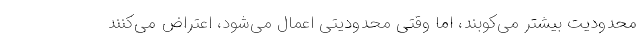
محدودیت بیشتر می‌کوبند، اما وقتی محدودیتی اعمال می‌شود، اعتراض می‌کنند